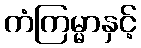
ကံကြမ္မာနှင့်